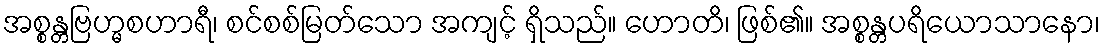
အစ္စန္တဗြဟ္မစဟာရီ၊ စင်စစ်မြတ်သော အကျင့် ရှိသည်။ ဟောတိ၊ ဖြစ်၏။ အစ္စန္တပရိယောသာနော၊